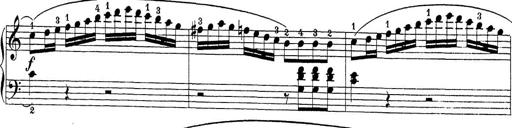
Title: Sonatina Album
Composer: Louis KÃ¶hler